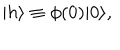
| h \rangle \equiv \phi ( 0 ) | 0 \rangle ,